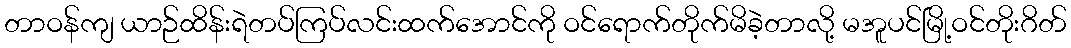
တာဝန်ကျ ယာဉ်ထိန်းရဲတပ်ကြပ်လင်းထက်အောင်ကို ဝင်ရောက်တိုက်မိခဲ့တာလို့ မအူပင်မြို့ဝင်တိုးဂိတ်